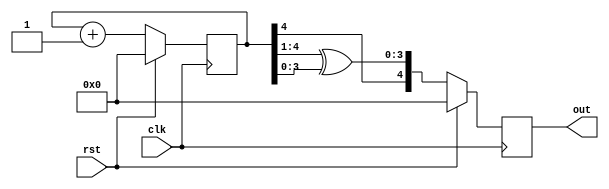
//-------------------------------------------------------
//  Functionality: An n-bit gray counter 
//-------------------------------------------------------

`timescale 1ns / 1ps
`ifndef TESTBENCH
`define size 5
`endif

module gray_counter
 
  (	input 	clk,
	input 	rst,
	output reg [`size-1:0] out);
  
	reg [`size-1:0] q; 	 	
  
	always @ (posedge clk) begin
		if (rst) begin
    	q <= 0;
    		out <= 0;
      end else begin
  		q <= q + 1;
        
			out <= {q[`size-1], q[`size-1:1] ^ q[`size-2:0]};
     end
 	end
endmodule